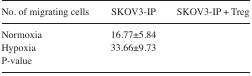
<table><thead><tr><td><b>No. of migrating cells</b></td><td><b>SKOV3-IP</b></td><td><b>SKOV3-IP + Treg</b></td></tr></thead><tbody><tr><td>Normoxia</td><td>16.77±5.84</td><td>[EMPTY_CELL]</td></tr><tr><td>Hypoxia</td><td>33.66±9.73</td><td>[EMPTY_CELL]</td></tr><tr><td>P-value</td><td>[EMPTY_CELL]</td><td>[EMPTY_CELL]</td></tr></tbody></table>